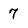
Character: 7